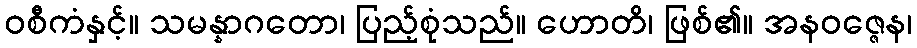
ဝစီကံနှင့်။ သမန္နာဂတော၊ ပြည့်စုံသည်။ ဟောတိ၊ ဖြစ်၏။ အနဝဇ္ဇေန၊